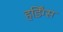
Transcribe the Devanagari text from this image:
हर्डिंग्स